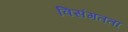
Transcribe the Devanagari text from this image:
विसंगतता